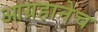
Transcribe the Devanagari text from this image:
आग्रहानेच